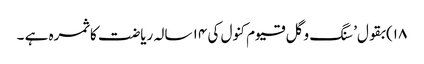
۱۸)بقول’ سنگ و گل قیوم کنول کی ۱۴ سالہ ریاضت کا ثمرہ ہے ۔